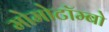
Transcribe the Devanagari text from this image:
मोमोटॉम्बो